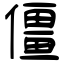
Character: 僵